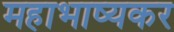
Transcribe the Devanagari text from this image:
महाभाष्यकर